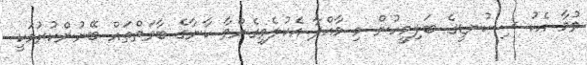
ވުމާ އެކު ސިކުނޑީގެ ބަލިމީހުން މި މާއްދާ އެކުލެވިގެންވާ ކާނާގެ ބާވަތްތައް ބޭނުންކުުރުމަކީ